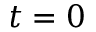
t = 0